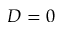
D = 0